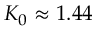
K _ { 0 } \approx 1 . 4 4